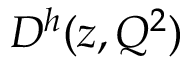
D ^ { h } ( z , Q ^ { 2 } )